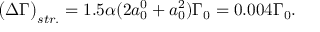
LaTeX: \big ( \Delta \Gamma \big ) _ { s t r . } = 1 . 5 \alpha ( 2 a _ { 0 } ^ { 0 } + a _ { 0 } ^ { 2 } ) \Gamma _ { 0 } = 0 . 0 0 4 \Gamma _ { 0 } .